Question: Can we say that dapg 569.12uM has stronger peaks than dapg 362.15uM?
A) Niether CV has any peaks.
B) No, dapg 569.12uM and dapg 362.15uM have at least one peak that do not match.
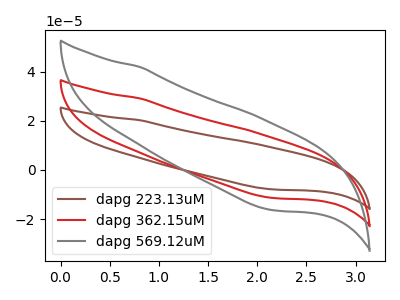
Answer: <think>The brown curve "dapg 223.13uM" has no peaks. The red curve "dapg 362.15uM" has no peaks. The gray curve "dapg 569.12uM" has no peaks.</think>
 <answer>A) Niether CV has any peaks.</answer>
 <eval>A</eval>